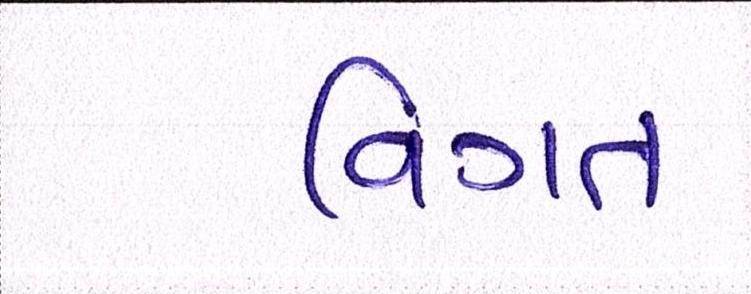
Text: વિગત